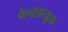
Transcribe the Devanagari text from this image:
केन्द्रकयुक्त